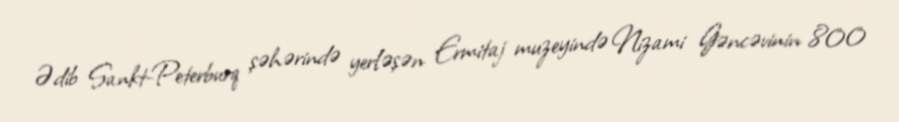
Ədib Sankt-Peterburq şəhərində yerləşən Ermitaj muzeyində Nizami Gəncəvinin 800